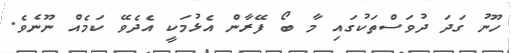
ހޫނު ގަދަ ދުވަސްތަކުގައި މާ ބޯ ފޭރާން އެޅުމަކީ އެދެވޭ ކަމެއް ނޫނެވެ.